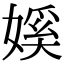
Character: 㜎